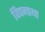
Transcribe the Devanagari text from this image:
विपगाथा